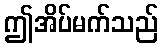
ဤအိပ်မက်သည်